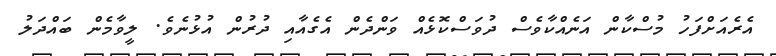
އެރެއަށްފަހު މުސްކާން އަނެއްކާވެސް ދުވަސްކޮޅެއް ވަންދެން އެގެއާއި ދުރުން އުޅުނެވެ. ލީވާމެން ބައްދަލު